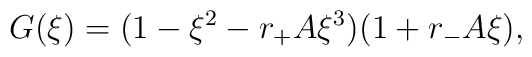
G(\xi) = (1-\xi^2 - r_+ A \xi^3) (1+r_- A \xi),